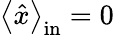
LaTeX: \left\langle\hat{x}\right\rangle_{\mathrm{in}}=0